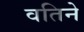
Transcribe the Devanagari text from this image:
वतिने